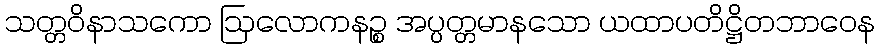
သတ္တဝိနာသကော ဩလောကနဉ္စ အပ္ပတ္တမာနသော ယထာပတိဋ္ဌိတဘာဝေန